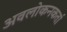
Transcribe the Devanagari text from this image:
अवलोकनकर्ता